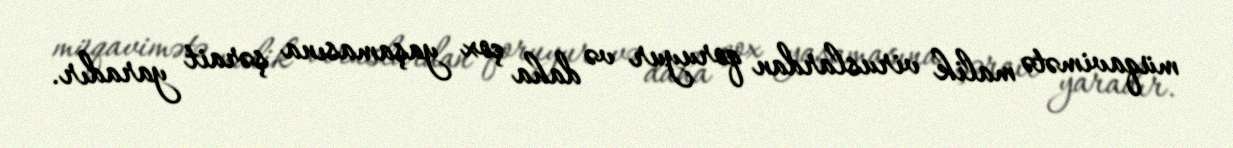
müqavimətə malik viruslardan qoruyur və daha çox yaşamasına şərait yaradır.